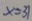
x = 3 1